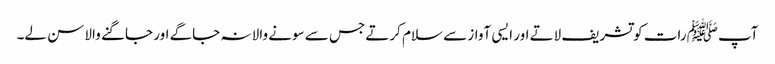
آپﷺ رات کو تشریف لاتے اور ایسی آواز سے سلام کرتے جس سے سونے والا نہ جاگے اور جاگنے والا سن لے۔